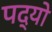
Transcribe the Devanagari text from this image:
पद्यो